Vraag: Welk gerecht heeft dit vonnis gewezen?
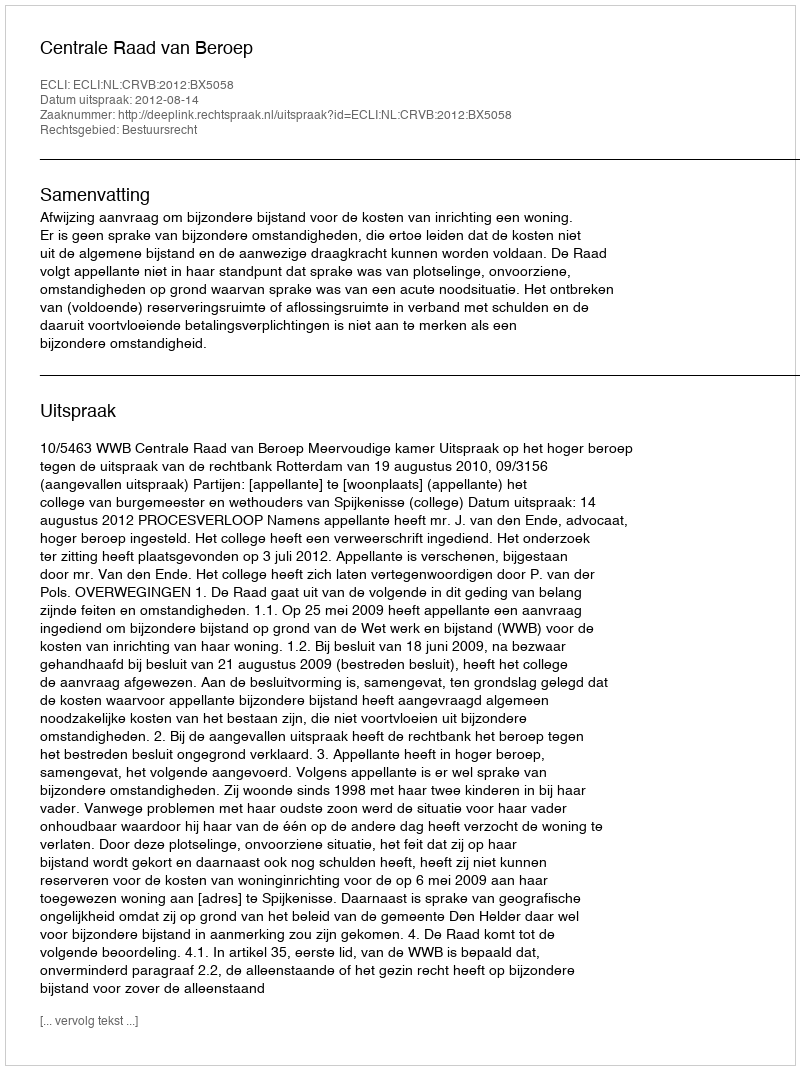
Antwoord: Centrale Raad van Beroep